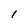
Character: 1